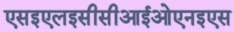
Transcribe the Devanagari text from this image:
एसइएलइसीसीआईओएनइएस